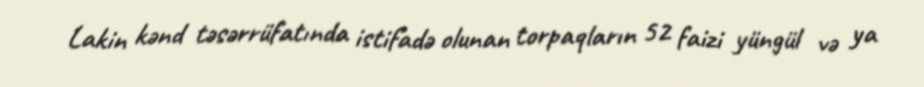
Lakin kənd təsərrüfatında istifadə olunan torpaqların 52 faizi yüngül və ya